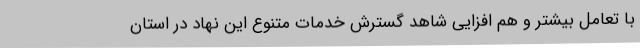
با تعامل بیشتر و هم افزایی شاهد گسترش خدمات متنوع این نهاد در استان